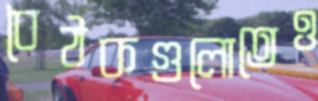
বৈঠকগুলোতেও